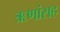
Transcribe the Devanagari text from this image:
ऋणांसह